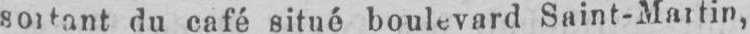
du café situé boulevard Saint-Martin,